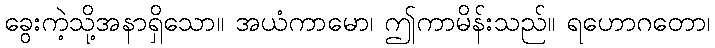
ခွေးကဲ့သို့အနာရှိသော။ အယံကာမော၊ ဤကာမိန်းသည်။ ရဟောဂတော၊